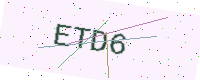
Text: ETD6